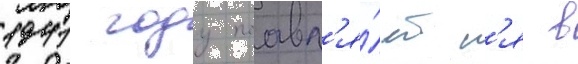
1941 году поавл'я́етс'я в